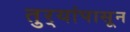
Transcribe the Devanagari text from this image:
तुर्‍यांपासून